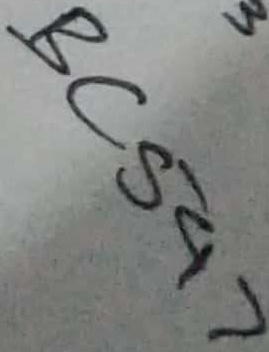
Text: BC547